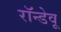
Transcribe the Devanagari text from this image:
रॉन्डेवू